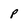
Character: p